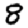
Digit: 8